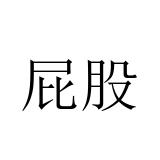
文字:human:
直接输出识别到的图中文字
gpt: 屁股